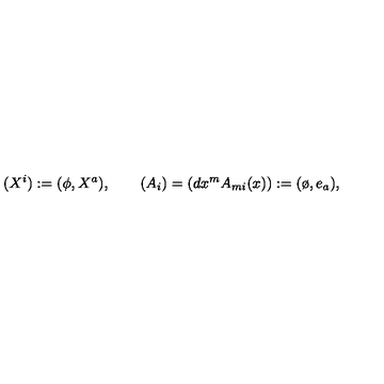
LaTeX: ( X ^ { i } ) : = ( \phi , X ^ { a } ) , \qquad ( A _ { i } ) = ( d x ^ { m } A _ { m i } ( x ) ) : = ( \o , e _ { a } ) ,